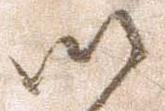
以